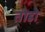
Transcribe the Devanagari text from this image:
तोडो़